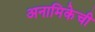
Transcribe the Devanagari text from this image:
अनामिकेची